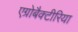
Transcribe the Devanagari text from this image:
एग्रोबैक्टीरिया